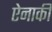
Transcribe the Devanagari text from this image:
ऐनार्की